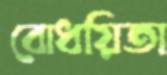
বোধয়িতা